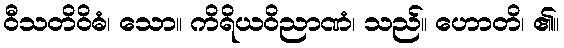
ဝီသတိဝိဓံ၊ သော။ ကိရိယဝိညာဏံ၊ သည်။ ဟောတိ၊ ၏။